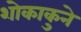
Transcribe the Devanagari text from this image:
शोकाकुने